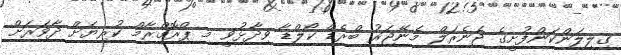
ގިލިލަންކަންފުށީގެ ޖެނެރަލް މެނޭޖަރު ބްރެޑް ކޯލްޑާ ވިދާޅުވީ މި ޕްރޮގްރާމް ކުރިޔަށް ދާވަރަށް